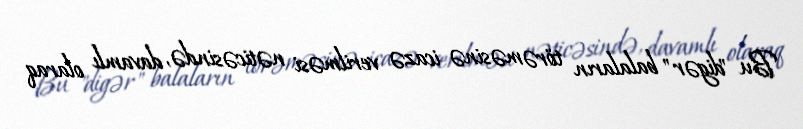
Bu "digər" balaların törəməsinə icazə verilməsi nəticəsində, davamlı olaraq